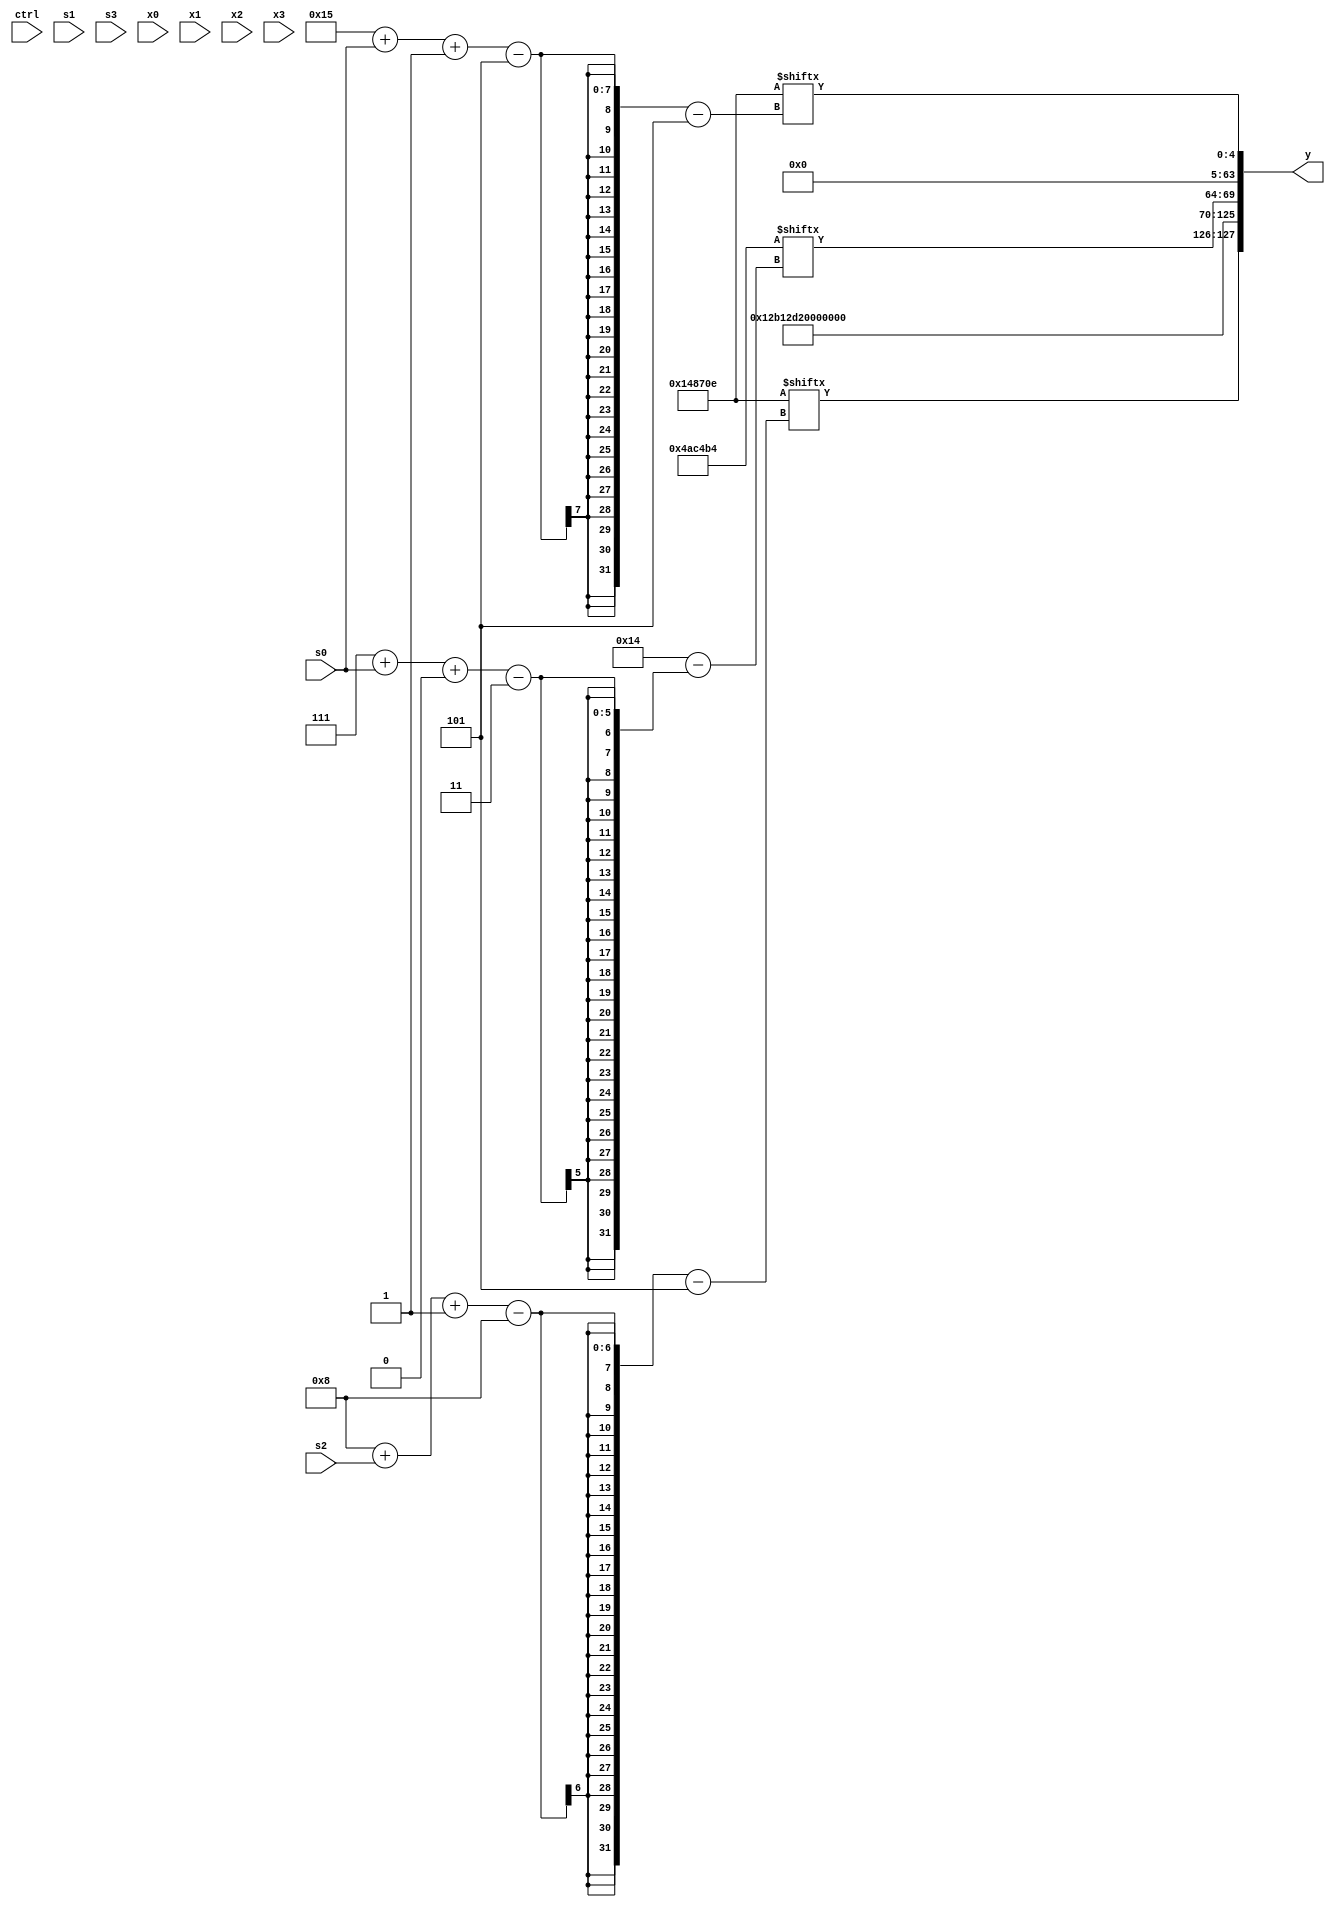
module partsel_00876(ctrl, s0, s1, s2, s3, x0, x1, x2, x3, y);
  input [3:0] ctrl;
  input [2:0] s0;
  input [2:0] s1;
  input [2:0] s2;
  input [2:0] s3;
  input signed [31:0] x0;
  input signed [31:0] x1;
  input signed [31:0] x2;
  input [31:0] x3;
  wire [24:1] x4;
  wire [4:31] x5;
  wire signed [26:0] x6;
  wire signed [3:24] x7;
  wire [24:6] x8;
  wire [25:5] x9;
  wire [7:29] x10;
  wire [31:7] x11;
  wire signed [31:0] x12;
  wire [30:1] x13;
  wire [7:31] x14;
  wire signed [4:24] x15;
  output [127:0] y;
  wire [31:0] y0;
  wire [31:0] y1;
  wire signed [31:0] y2;
  wire [31:0] y3;
  assign y = {y0,y1,y2,y3};
  localparam [27:1] p0 = 412930761;
  localparam signed [26:5] p1 = 43952218;
  localparam [3:28] p2 = 944424116;
  localparam signed [28:5] p3 = 403998478;
  assign x4 = {p3, {2{{2{(x2[17 + s1] & x2[13 + s1 -: 2])}}}}};
  assign x5 = ((x1[15 + s3 -: 4] ^ p1) & ({2{p2[19 -: 3]}} ^ ({2{{2{p2}}}} & p3[7 + s1 -: 7])));
  assign x6 = (ctrl[3] && ctrl[1] && ctrl[2] ? p0[11] : {2{((p2 ^ p2[8 +: 1]) | (ctrl[2] && !ctrl[0] || ctrl[2] ? (p1[15] ^ p1) : {x2, x5[3 + s1 +: 4]}))}});
  assign x7 = ({(p2[16 +: 4] ^ {((x6 - x5) & x0[15]), (ctrl[0] && ctrl[2] && !ctrl[1] ? p2[18 -: 2] : p1[7 + s3 -: 5])}), (p2[10 +: 4] + p2[17 + s3])} ^ x4);
  assign x8 = {p2[6 + s3], p0[8]};
  assign x9 = x6[18];
  assign x10 = {2{x4}};
  assign x11 = x9;
  assign x12 = (x0 ^ x6);
  assign x13 = (p1[23 -: 2] | x8[13 + s0 -: 1]);
  assign x14 = {p3[17 -: 2], p0[10]};
  assign x15 = (!ctrl[1] && !ctrl[2] || ctrl[3] ? x2[23 -: 3] : {2{{(x6 - x3[21]), (p0[1 + s1 +: 6] ^ {p0, ((x14 ^ p3[19 + s3 +: 3]) + p3)})}}});
  assign y0 = {p3[8 + s2 -: 8], {p2, p3[17 +: 4]}};
  assign y1 = p2[7 + s0 +: 6];
  assign y2 = {2{p3[22 -: 1]}};
  assign y3 = p3[21 + s0 -: 5];
endmodule